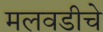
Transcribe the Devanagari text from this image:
मलवडीचे